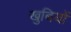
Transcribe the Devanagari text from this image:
खुबियों